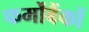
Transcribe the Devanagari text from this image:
फर्मोंबैंकों